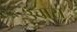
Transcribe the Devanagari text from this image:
उंचास